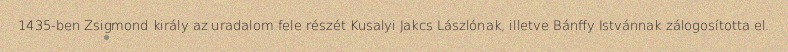
1435-ben Zsigmond király az uradalom fele részét Kusalyi Jakcs Lászlónak, illetve Bánffy Istvánnak zálogosította el.